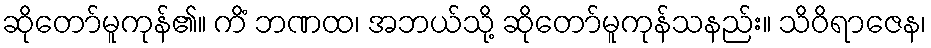
ဆိုတော်မူကုန်၏။ ကိံ ဘဏထ၊ အဘယ်သို့ ဆိုတော်မူကုန်သနည်း။ သိဝိရာဇေန၊